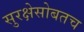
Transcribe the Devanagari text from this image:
सुरक्षेसोबतच